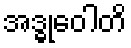
အဒ္ဓုဝေါတိ